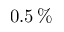
0 . 5 \, \%